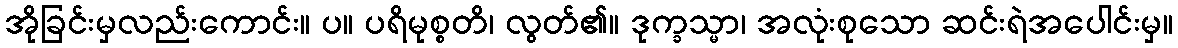
အိုခြင်းမှလည်းကောင်း။ ပ။ ပရိမုစ္စတိ၊ လွတ်၏။ ဒုက္ခသ္မာ၊ အလုံးစုသော ဆင်းရဲအပေါင်းမှ။